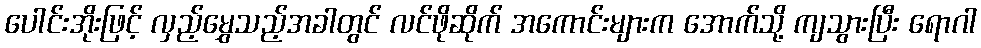
ပေါင်းအိုးဖြင့် လှည့်မွှေသည့်အခါတွင် လင်ဖိုဆိုက် အကောင်းများက အောက်သို့ ကျသွားပြီး ရောဂါ